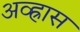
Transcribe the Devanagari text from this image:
अव्ह्रास